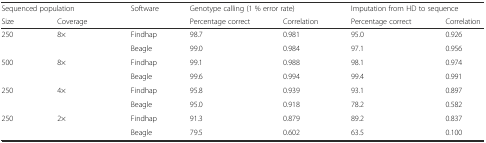
<table><thead><tr><td colspan="2"><b>Sequenced population</b></td><td rowspan="2"><b>Software</b></td><td colspan="2"><b>Genotype calling (1 % error rate)</b></td><td colspan="2"><b>Imputation from HD to sequence</b></td></tr><tr><td><b>Size</b></td><td><b>Coverage</b></td><td><b>Percentage correct</b></td><td><b>Correlation</b></td><td><b>Percentage correct</b></td><td><b>Correlation</b></td></tr></thead><tbody><tr><td rowspan="2">250</td><td rowspan="2">8×</td><td>Findhap</td><td>98.7</td><td>0.981</td><td>95.0</td><td>0.926</td></tr><tr><td>Beagle</td><td>99.0</td><td>0.984</td><td>97.1</td><td>0.956</td></tr><tr><td rowspan="2">500</td><td rowspan="2">8×</td><td>Findhap</td><td>99.1</td><td>0.988</td><td>98.1</td><td>0.974</td></tr><tr><td>Beagle</td><td>99.6</td><td>0.994</td><td>99.4</td><td>0.991</td></tr><tr><td rowspan="2">250</td><td rowspan="2">4×</td><td>Findhap</td><td>95.8</td><td>0.939</td><td>93.1</td><td>0.897</td></tr><tr><td>Beagle</td><td>95.0</td><td>0.918</td><td>78.2</td><td>0.582</td></tr><tr><td rowspan="2">250</td><td rowspan="2">2×</td><td>Findhap</td><td>91.3</td><td>0.879</td><td>89.2</td><td>0.837</td></tr><tr><td>Beagle</td><td>79.5</td><td>0.602</td><td>63.5</td><td>0.100</td></tr></tbody></table>